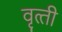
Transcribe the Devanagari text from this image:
वृत्‍ती